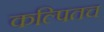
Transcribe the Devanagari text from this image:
कल्पितच